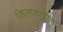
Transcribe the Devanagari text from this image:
शिल्पकारीता